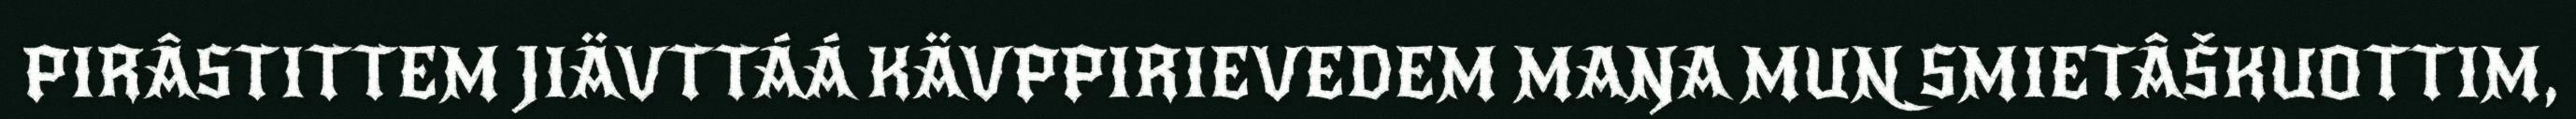
PIRÂSTITTEM JIÄVTTÁÁ KÄVPPIRIEVEDEM MAŊA MUN SMIETÂŠKUOTTIM,